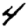
Digit: 4